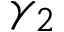
\gamma _ { 2 }